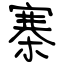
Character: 寨